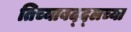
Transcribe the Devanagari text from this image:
तिच्याबद्द्लच्या